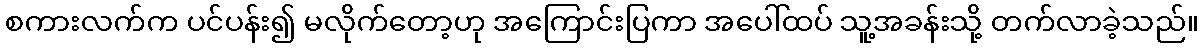
စကားလက်က ပင်ပန်း၍ မလိုက်တော့ဟု အကြောင်းပြကာ အပေါ်ထပ် သူ့အခန်းသို့ တက်လာခဲ့သည်။